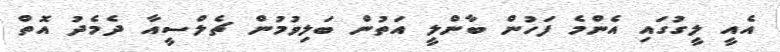
އެއީ ލީގުގައި އެންމެ ފަހުން ބާންލީ އަތުން ބަލިވުމުން ޗެލްސީއާ ދެމެދު އޮތް